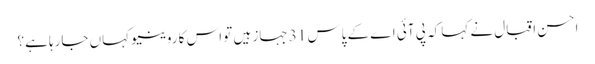
احسن اقبال نے کہا کہ پی آئی اے کے پاس 31 جہاز ہیں تو اس کا روینیو کہاں جارہا ہے؟